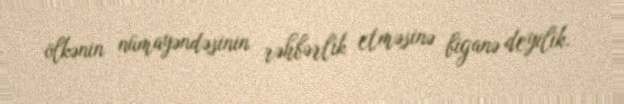
ölkənin nümayəndəsinin rəhbərlik etməsinə biganə deyilik.